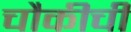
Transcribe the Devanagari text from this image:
चौकीची